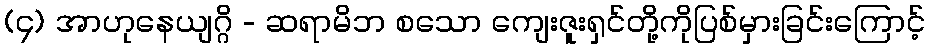
(၄) အာဟုနေယျဂ္ဂိ - ဆရာမိဘ စသော ကျေးဇူးရှင်တို့ကိုပြစ်မှားခြင်းကြောင့်